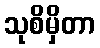
သုစိမှိတာ